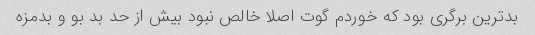
بدترین برگری بود که خوردم گوت اصلا خالص نبود بیش از حد بد بو و بدمزه